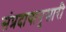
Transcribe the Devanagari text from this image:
संप्रदायानूसारी